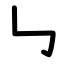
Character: ㇉